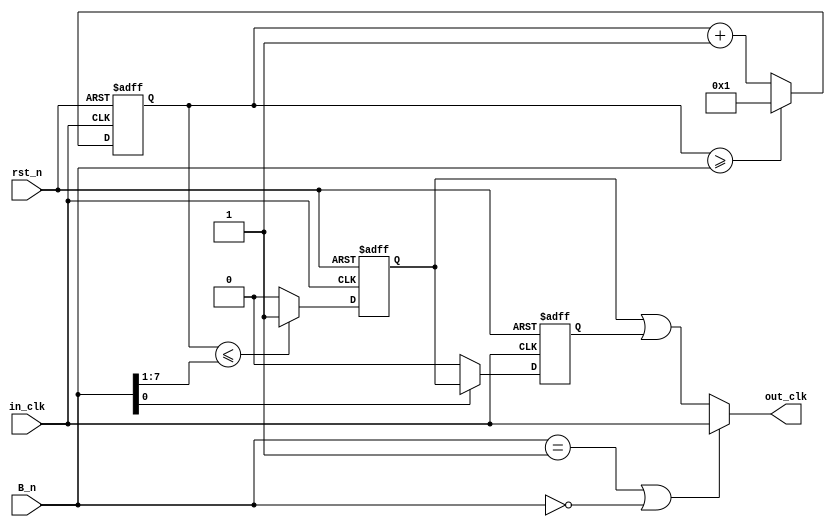
module ClkDiv
#(
parameter   CNT_BW = 8,
parameter   RST_VAL = 0
)(
/*AUTOARG*/
   // Outputs
   out_clk,
   // Inputs
   in_clk, B_n, rst_n
   );

output                  out_clk;
input                   in_clk;
input   [CNT_BW-1:0]    B_n;
input                   rst_n;

reg [CNT_BW-1:0]        cnt;
reg                     ck1;
reg                     ck2;

assign  in_clk_inv = ~in_clk;

always@(posedge in_clk or negedge rst_n)
    if(~rst_n)
        cnt <= {{(CNT_BW-1){1'b0}},1'd1};
    else
    begin
        if(cnt >= B_n)
            cnt <= {{(CNT_BW-1){1'b0}},1'd1};
        else
            cnt <= cnt + {{(CNT_BW-1){1'b0}},1'd1};
    end

always@(posedge in_clk or negedge rst_n)
    if(~rst_n)
        ck1 <= RST_VAL;
    else
    begin
        if(cnt <= {1'b0, B_n[CNT_BW-1:1]})
            ck1 <= 1'b1;
        else
            ck1 <= 1'b0;
    end

always@(posedge in_clk_inv or negedge rst_n)
    if(~rst_n)
        ck2 <= RST_VAL;
    else
    begin
        if(B_n[0] == 1'b1)
            ck2 <= ck1;
        else
            ck2 <= 1'b0;
    end

assign ck_div = ck1 | ck2;
assign ck_bypass = (B_n == {{(CNT_BW-1){1'b0}},1'd1}) || (B_n == {(CNT_BW){1'b0}});
assign out_clk = ck_bypass ? in_clk: ck_div;

endmodule